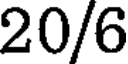
20/6